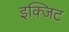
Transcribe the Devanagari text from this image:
इक्जिट